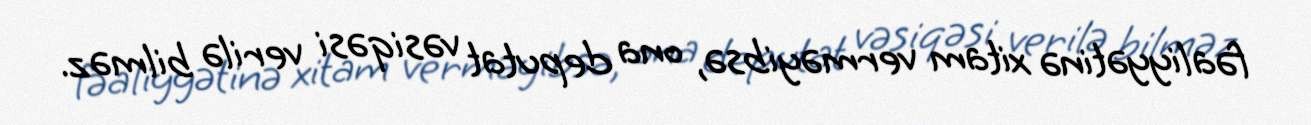
fəaliyyətinə xitam verməyibsə, ona deputat vəsiqəsi verilə bilməz.